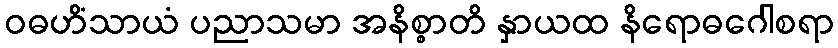
ဝဓဟိံသာယံ ပညာသမာ အနိစ္စာတိ နှာယထ နိရောဓဂေါစရာ